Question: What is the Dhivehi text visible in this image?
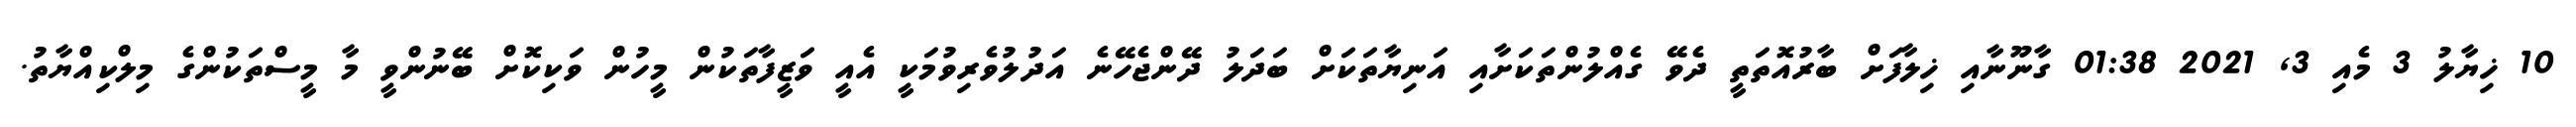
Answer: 10 ޚިޔާލު 3 މެއި 3, 2021 01:38 ގާނޫނާއި ޚިލާފަށް ބާރުއޮތަތީ ދެވޭ ގެއްލުންތަކަށާއި އަނިޔާތަކަށް ބަދަލު ދޭންޖެހޭނެ އަދުލުވެރިވުމަކީ އެއީ ވަޒީފާތަކުން މީހުން ވަކިކޮށް ބޭނުންވީ މާ މީސްތަކުންގެ މިލްކިއްޔާތު.